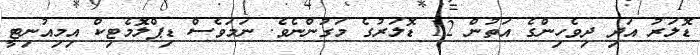
ޑޮލަރު އަދި ދިވެހިންގެ އަތުން 12 ޑޮލަރުގެ މަގުންނެވެ. ނަމަވެސް ޑިޕްލޮމެޓިކް އިމިއުނިޓީ